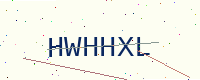
Text: HWHHXL